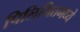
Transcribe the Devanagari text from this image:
पिलिभितमध्ये